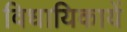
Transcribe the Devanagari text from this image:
विधायिकायें